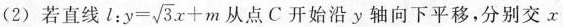
(2)若直线$$l:y= \sqrt{3}x+m$$ 从点C开始沿y轴向下平移，分别交x